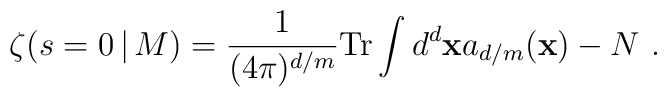
\zeta (s=0 \, |\, M)= {1\over (4\pi)^{d/m}}{\rm Tr}\int d^d{\bf x} a_{d/m}({\bf x}) - N\ .